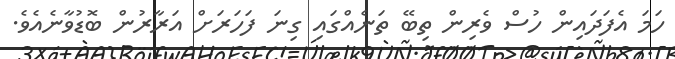
ހަމަ އެފަދައިން ހުސް ވެރިން ތިބޭ ތަނެއްގައި ގިނަ ފަހަރަށް އަރާރުން ބޮޑުވާނެއެވެ.